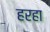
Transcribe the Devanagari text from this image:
हरहा